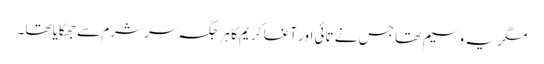
مگر یہ وسیم تھا جس نے تائی اور آغا کریم کا ہر جگہ سر شرم سے جھکایا تھا۔